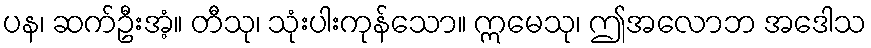
ပန၊ ဆက်ဦးအံ့။ တီသု၊ သုံးပါးကုန်သော။ ဣမေသု၊ ဤအလောဘ အဒေါသ